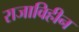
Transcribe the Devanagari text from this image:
राजाविहीन